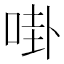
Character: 啩